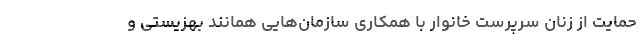
حمایت از زنان سرپرست خانوار با همکاری سازمان‌هایی همانند بهزیستی و